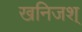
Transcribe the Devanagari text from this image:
खनिजश्